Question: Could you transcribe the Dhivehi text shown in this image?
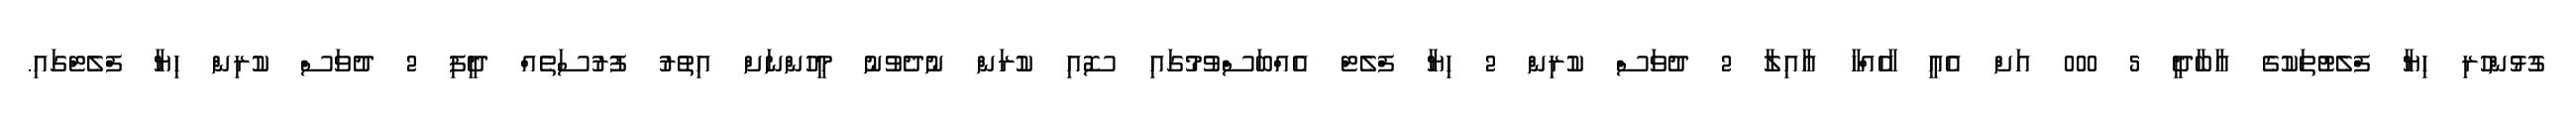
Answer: ގުޅުންހުރި ހިޔާ ފްލެޓުތަކުގެ އާބާދީ 5 000 އަށް އެއީ ހާހެއްހާ އާއިލާ 2 ދުވަސް ކުރިން 2 ހިޔާ ފްލެޓް އެއްބަސްވުމުގައި ސޮއި ކުރަން ނުދެވުނު މީހުންނަށް އިތުރު ފުރުސަތެއް ދީފި 2 ދުވަސް ކުރިން ހިޔާ ފްލެޓްގައި.